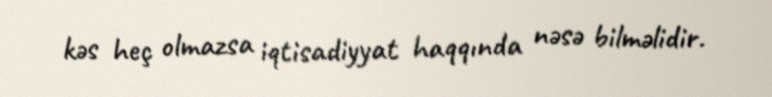
kəs heç olmazsa iqtisadiyyat haqqında nəsə bilməlidir.